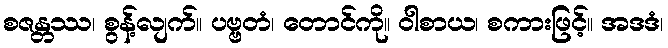
စဇန္တဿ၊ စွန့်လျက်။ ပဗ္ဗတံ၊ တောင်ကို။ ဝါစာယ၊ စကားဖြင့်။ အဒဒံ၊